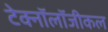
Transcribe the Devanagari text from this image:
टेक्नॉलॉजीकल